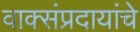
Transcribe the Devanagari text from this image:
वाक्संप्रदायांचे